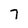
Character: 7